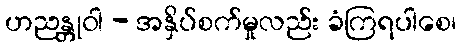
ဟညန္တုဝါ - အနှိပ်စက်မှုလည်း ခံကြရပါစေ၊